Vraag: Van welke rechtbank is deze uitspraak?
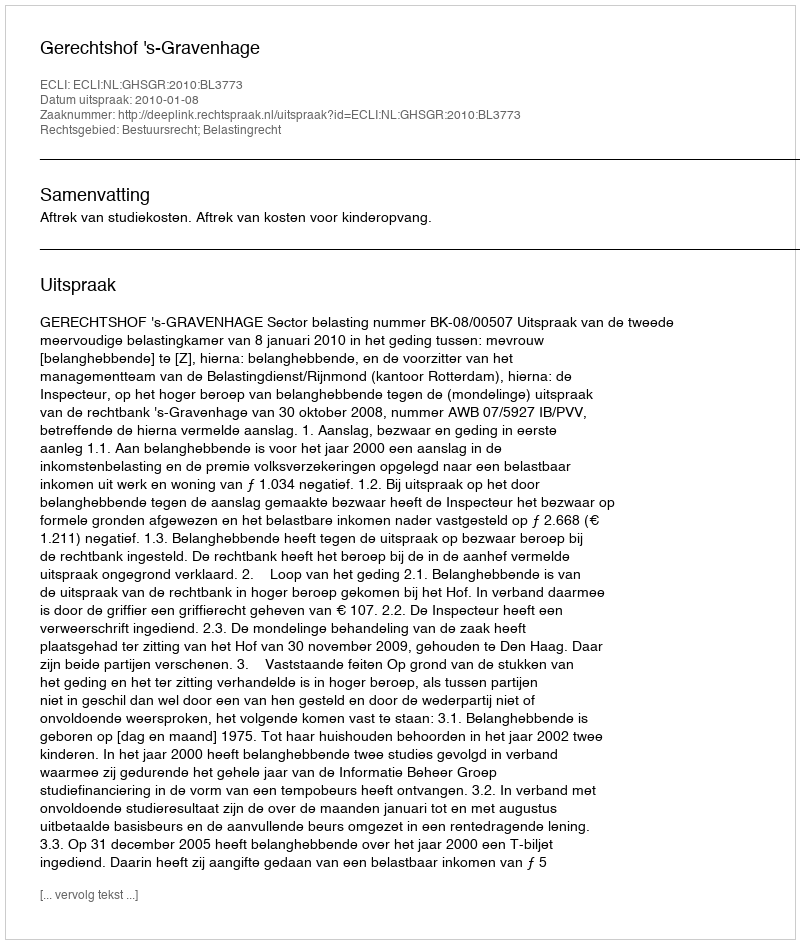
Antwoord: Gerechtshof 's-Gravenhage